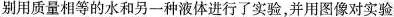
别用质量相等的水和另一种液体进行了实验，并用图像对实验